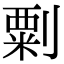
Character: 㔄